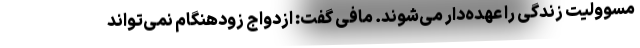
مسوولیت زندگی را عهده‌دار می‌شوند. مافی گفت: ازدواج زودهنگام نمی‌تواند